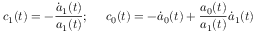
c _ { 1 } ( t ) = - \frac { \dot { a } _ { 1 } ( t ) } { a _ { 1 } ( t ) } ; ~ ~ ~ ~ c _ { 0 } ( t ) = - \dot { a } _ { 0 } ( t ) + \frac { a _ { 0 } ( t ) } { a _ { 1 } ( t ) } \dot { a } _ { 1 } ( t )